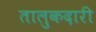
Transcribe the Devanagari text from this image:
तालुकदारी